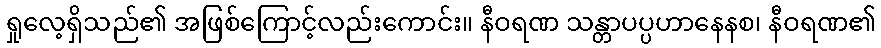
ရှုလေ့ရှိသည်၏ အဖြစ်ကြောင့်လည်းကောင်း။ နီဝရဏ သန္တာပပ္ပဟာနေနစ၊ နီဝရဏ၏